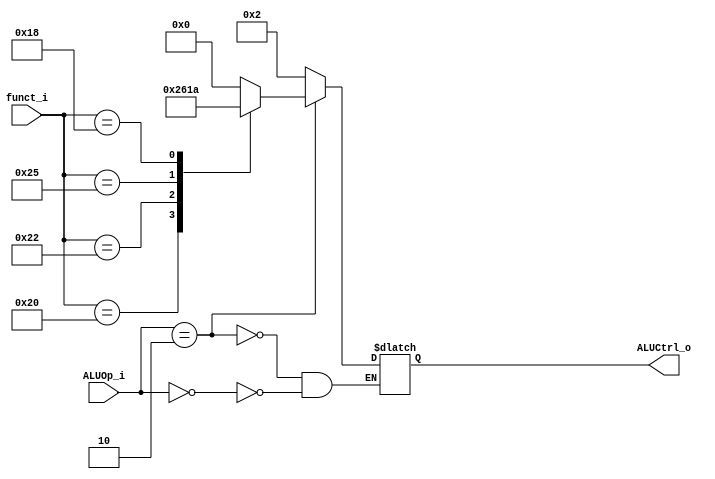
module ALU_Control
(
funct_i,
ALUOp_i,
ALUCtrl_o
);

input	[5:0]	funct_i;
input	[1:0]	ALUOp_i;
output reg	[3:0]	ALUCtrl_o;

always@(ALUOp_i or funct_i) begin
	if(ALUOp_i == 2'b10) begin
		case (funct_i)
			6'b100000: ALUCtrl_o <= 4'b0010; //add
			6'b100010: ALUCtrl_o <= 4'b0110; //sub
			6'b100100: ALUCtrl_o <= 4'b0000; //and
			6'b100101: ALUCtrl_o <= 4'b0001; //or
			6'b011000: ALUCtrl_o <= 4'b1010; //mul
			default: ALUCtrl_o <= 4'd0;
		endcase
	end
	else if(ALUOp_i == 2'b00) begin  //lw, sw, addi
		ALUCtrl_o <= 4'b0010;  //add
	end
end
endmodule